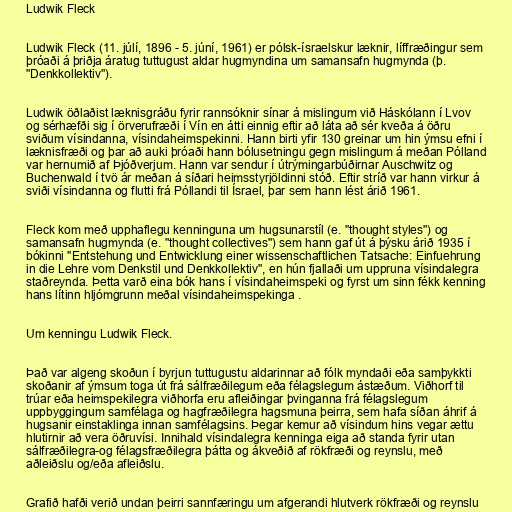
Ludwik Fleck

Ludwik Fleck (11. júlí, 1896 - 5. júní, 1961) er pólsk-ísraelskur læknir, líffræðingur sem
þróaði á þriðja áratug tuttugust aldar hugmyndina um samansafn hugmynda (þ.
"Denkkollektiv").

Ludwik öðlaðist læknisgráðu fyrir rannsóknir sínar á mislingum við Háskólann í Lvov
og sérhæfði sig í örverufræði í Vín en átti einnig eftir að láta að sér kveða á öðru
sviðum vísindanna, vísindaheimspekinni. Hann birti yfir 130 greinar um hin ýmsu efni í
læknisfræði og þar að auki þróaði hann bólusetningu gegn mislingum á meðan Pólland
var hernumið af Þjóðverjum. Hann var sendur í útrýmingarbúðirnar Auschwitz og
Buchenwald í tvö ár meðan á síðari heimsstyrjöldinni stóð. Eftir stríð var hann virkur á
sviði vísindanna og flutti frá Póllandi til Ísrael, þar sem hann lést árið 1961.

Fleck kom með upphaflegu kenninguna um hugsunarstíl (e. "thought styles") og
samansafn hugmynda (e. "thought collectives") sem hann gaf út á þýsku árið 1935 í
bókinni "Entstehung und Entwicklung einer wissenschaftlichen Tatsache: Einfuehrung
in die Lehre vom Denkstil und Denkkollektiv", en hún fjallaði um uppruna vísindalegra
staðreynda. Þetta varð eina bók hans í vísindaheimspeki og fyrst um sinn fékk kenning
hans lítinn hljómgrunn meðal vísindaheimspekinga .

Um kenningu Ludwik Fleck.

Það var algeng skoðun í byrjun tuttugustu aldarinnar að fólk myndaði eða samþykkti
skoðanir af ýmsum toga út frá sálfræðilegum eða félagslegum ástæðum. Viðhorf til
trúar eða heimspekilegra viðhorfa eru afleiðingar þvinganna frá félagslegum
uppbyggingum samfélaga og hagfræðilegra hagsmuna þeirra, sem hafa síðan áhrif á
hugsanir einstaklinga innan samfélagsins. Þegar kemur að vísindum hins vegar ættu
hlutirnir að vera öðruvísi. Innihald vísindalegra kenninga eiga að standa fyrir utan
sálfræðilegra-og félagsfræðilegra þátta og ákveðið af rökfræði og reynslu, með
aðleiðslu og/eða afleiðslu.

Grafið hafði verið undan þeirri sannfæringu um afgerandi hlutverk rökfræði og reynslu